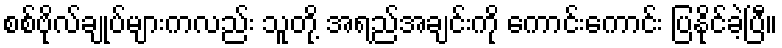
စစ်ဗိုလ်ချုပ်များကလည်း သူတို့ အရည်အချင်းကို ကောင်းကောင်း ပြနိုင်ခဲ့ပြီ။